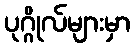
ပုဂ္ဂိုလ်များမှာ